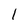
Character: l